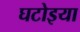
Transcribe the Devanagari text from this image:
घटोइया